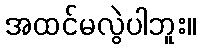
အထင်မလွဲပါဘူး။